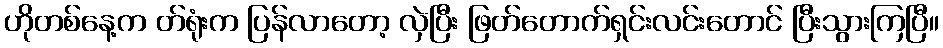
ဟိုတစ်နေ့က တ်ရုံးက ပြန်လာတော့ လှဲပြီး ဖြတ်တောက်ရှင်းလင်းတောင် ပြီးသွားကြပြီ။